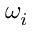
\omega _ { i }